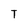
Character: T